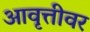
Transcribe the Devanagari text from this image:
आवृत्तीवर